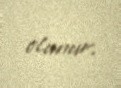
olunur.